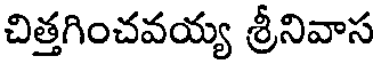
చిత్తగించవయ్య శ్రీనివాస